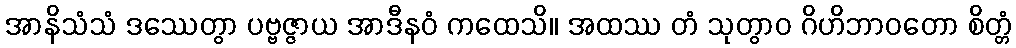
အာနိသံသံ ဒဿေတွာ ပဗ္ဗဇ္ဇာယ အာဒီနဝံ ကထေသိ။ အထဿ တံ သုတွာဝ ဂိဟိဘာဝတော စိတ္တံ